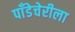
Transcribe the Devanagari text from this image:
पाँडेचेरीला